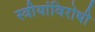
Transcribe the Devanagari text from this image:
स्त्रीयांविरोधी